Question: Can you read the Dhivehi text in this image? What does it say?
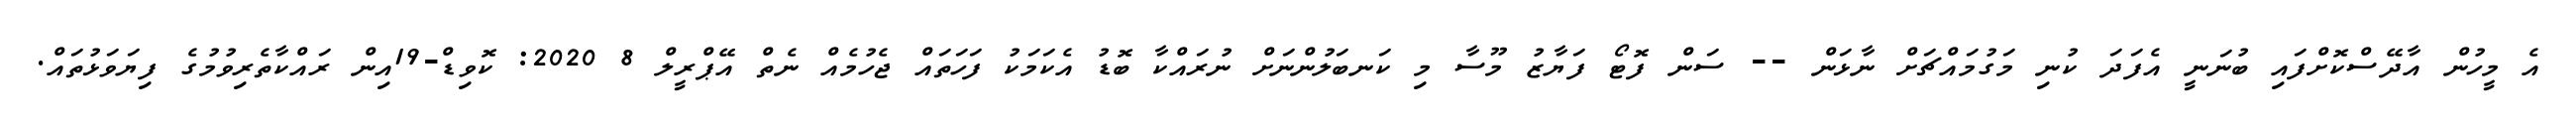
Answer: އެ މީހުން އާދޭސްކޮށްފައި ބުނަނީ އެފަދަ ކުނި މަގުމައްޗަށް ނާޅަން -- ސަން ފޮޓޯ ފަޔާޒު މޫސާ މި ކަނބަލުންނަށް ނުރައްކާ ބޮޑު އެކަމަކު ފަހަތައް ޖެހުމެއް ނެތް އޭޕްރީލް 8 2020: ކޮވިޑް-19އިން ރައްކާތެރިވުމުގެ ފިޔަވަޅުތައް.